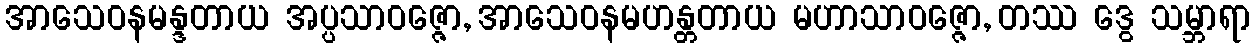
အာသေဝနမန္ဒတာယ အပ္ပသာဝဇ္ဇော, အာသေဝနမဟန္တတာယ မဟာသာဝဇ္ဇော, တဿ ဒွေ သမ္ဘာရာ